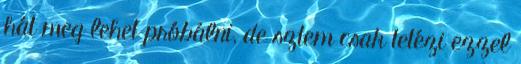
hát meg lehet próbálni, de sztem csak tetézi ezzel